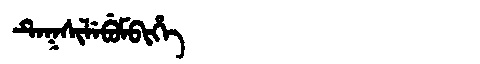
Manchu: ᡨᡝᡴᠰᡳᠯᡝᠪᡠᠮᠪᡳᡥᡝ
Romanization: TEKSILEBUMBIHE